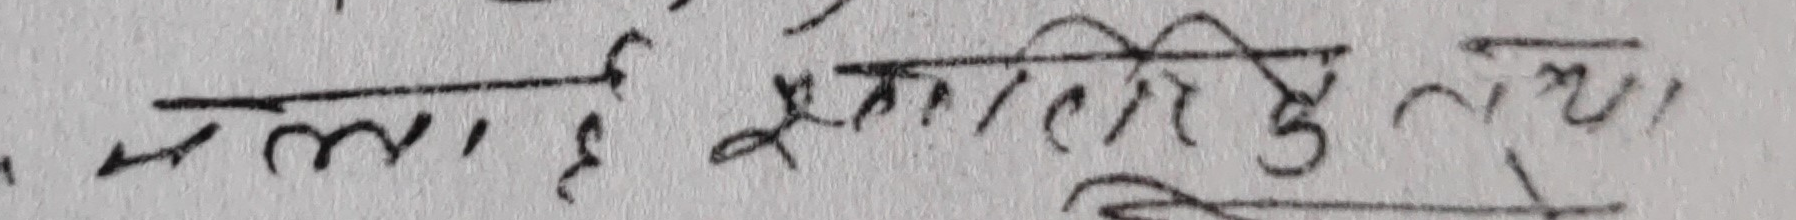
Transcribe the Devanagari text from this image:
भलाँई प्रकृति के रचय